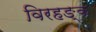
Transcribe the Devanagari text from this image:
विरहङ्क